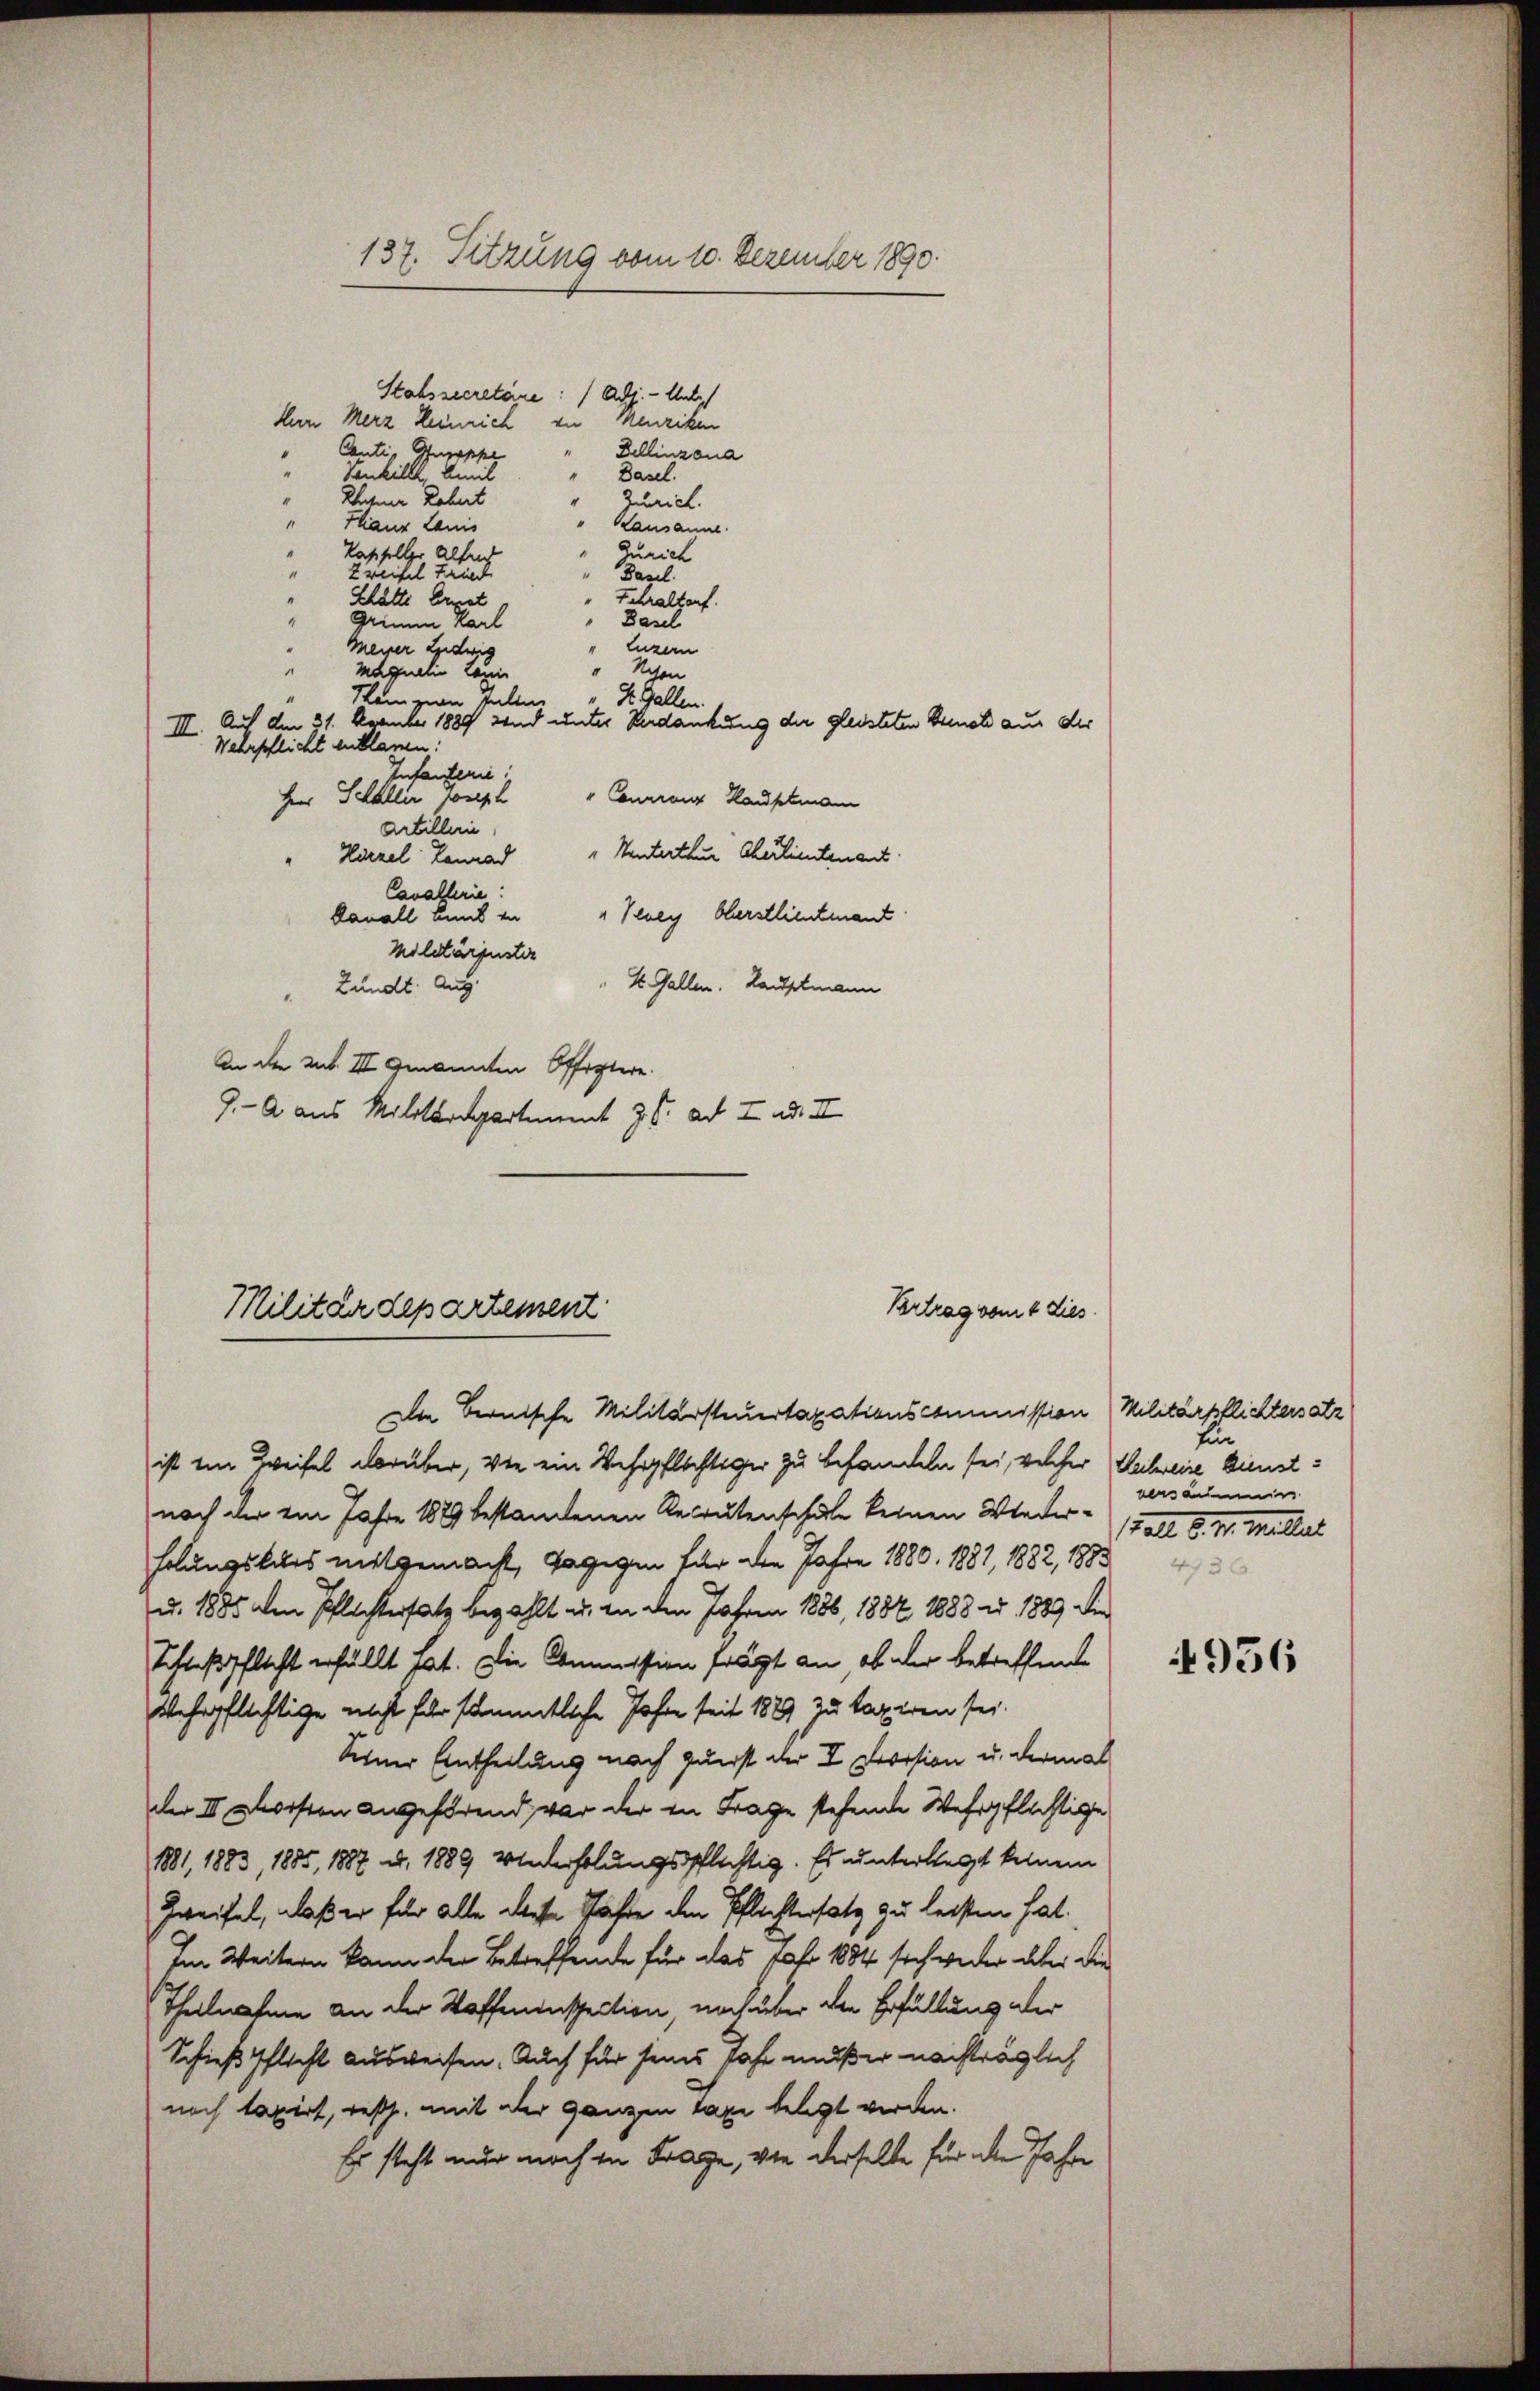
137. Sitzung vom 10. Dezember 1890.

Stabszecretäre: Adj. - Unte
Herr Merz Heinrich zu Menziken
Canti, Suppe
4
Senkilll, Biel
Dasel.
Ehtner Robert
Zürich.
"Haur Lauis
Kausanne
Zürich
Kasseller altend
Zweifel Fried
Bagel.
Schätte Ernst
Fehraltorf.
Basel
Grina Karl
Luzern
Meiner Leidwes
" Schon
Maguelin kann
S. Gallen
Stein zum Tallen
III. Auf den 21. Dezember 1889 sind unter Redankung der gleisteten Buch aus der
Wehrpflicht entlaren:
Infanterie
Herr Schaller Joseph
Conaraus Hauptmann
Artilleri
Hirzel Lanna Winterthur Cherlieutenant
Cavallerie:
Canall und in Krey Oberstlieutnant
Militärfester
S. Gallen. Hauptmann
Zundt. Aug.
An der Mut. III genannten Offertere.
9. — A aus Militarpartement z. B. ad I. ad III

Dellinzona

Militärdepartement

Vertrag vom 4 dies

Die Bernische Militärsteuertaxationscommission
ist ein Zweifel darüber, wie ein Wehrpflichtiger zu behandeln sei, welcher Weibereie künstnach der im Jahre 1889 bestandenen Recrutenschule keinen Wieder Fall 8. v. Millat
holungskurs mitgemacht, dagegen für den Jahre 1880, 1887, 1882, 1883
u. 1885 von Pflichtersatz bezahlt u. in den Jahren 1886, 1882 1883 u. 1889 die
Schlußpflicht erfüllt hat. Die Commission frägt an, ob der betreffende
wehrpflichtige nicht für sämmtliche Jahre seit 1889 zu taxiren sei.
Seiner Eintheilung nach zuerst der I Devision u. dermal
der III Chorsten angehörend, vor der in Frage stehende Wehrpflichtige
1881, 1883, 1885, 1887 u. 1889 Wiederholungspflichtig. Es unterliegt keinem
Zweifel, daß er für alte diese Gäste den Pflichtersatz zu leisten hat.
Im Weitern kann der Betreffende für das Jahr 1884 sich weder aber die
Theilnahme an der Waffeninspection, noch über die Erfüllung der
Schieß Pflicht ausweisen. Auch für seines Jahr mußer nachträglich
noch taxirt, resp. mit der ganzen Taxe belegt werden.
Es steht nur noch in Frage, von derselbe für aber Jahre

Militärpflichtersatz
Ein
versaums

4956